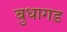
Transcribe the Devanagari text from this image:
बुधागड